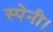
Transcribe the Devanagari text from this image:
स्पेनी।